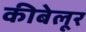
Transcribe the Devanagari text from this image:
कीबेलूर